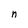
Character: n